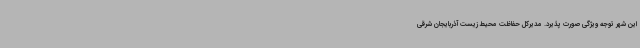
این شهر توجه ویژگی صورت پذیرد. مدیرکل حفاظت محیط زیست آذربایجان شرقی